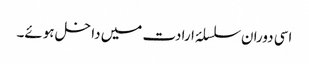
اسی دوران سلسلۂ ارادت میں داخل ہوئے۔